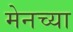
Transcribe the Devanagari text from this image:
मेनच्या